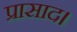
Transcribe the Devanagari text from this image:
प्रासाद।